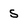
Character: S